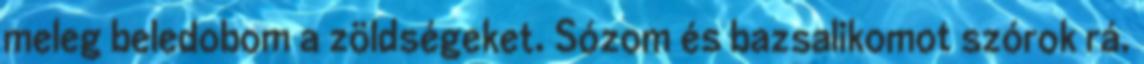
meleg beledobom a zöldségeket. Sózom és bazsalikomot szórok rá.